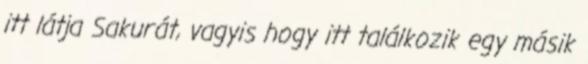
itt látja Sakurát, vagyis hogy itt találkozik egy másik